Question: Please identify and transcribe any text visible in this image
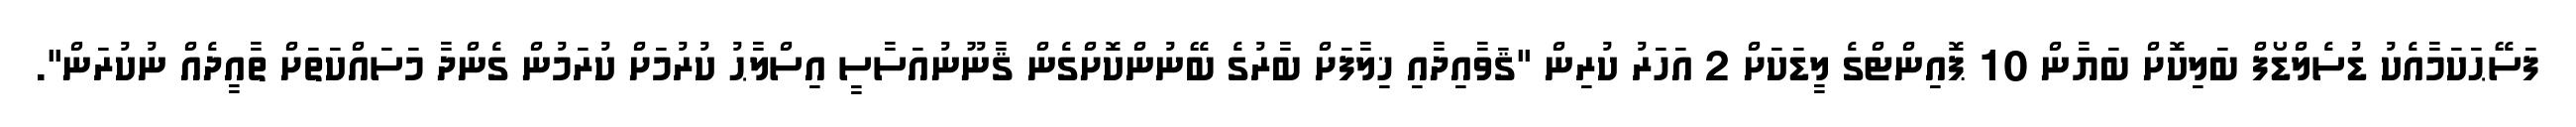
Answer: ފަސޭޙަކަމާއެކު ޑުސެލްޑޯފް ބަލިކޮށް ބަޔާން 10 ޕޮއިންޓްގެ ލީޑަކަށް 2 އަހަރު ކުރިން "ޤަވާއިދާއި ޚިލާފަށް ބާރުގެ ބޭނުންކޮށްގެން ޤާނޫނުއަސާސީ އިސްލާޙު ކުރުމަށް ކުރަމުން ގެންދާ މަސައްކަތަށް ތާއީދެއް ނުކުރަން".